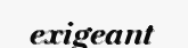
exigeant